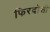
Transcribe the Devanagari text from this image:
फिरदोसी